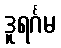
ဒူရင်္ဂမ